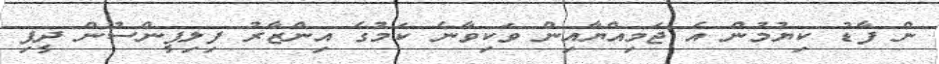
ން ފާޑު ކިޔުމުން އެ ޖަމިއްޔާއިން ވަކިވާނެ ކަމުގެ އިންޒާރު ފިލިޕީންސުން ދީފި